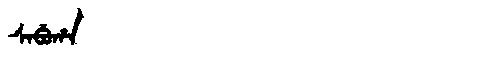
Manchu: ᠰᠠᠪᡠᡥᠠ
Romanization: SABUHA